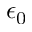
\epsilon _ { 0 }